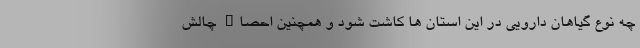
چه نوع گیاهان دارویی در این استان ها کاشت شود و همچنین احصاء چالش